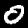
Label: 0